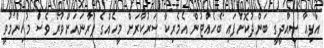
އާފިއާ ސިއްދީގީ ބަންދުކޮށްފައި ބެހެއްޓުން އެމެރިކާ ސަރުކާރަށް މީހެއްގެ ފުރާނައަށްވުރެ ވެސް މުހިންމުވީ